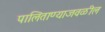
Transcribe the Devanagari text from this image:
पालिताण्याजवळील